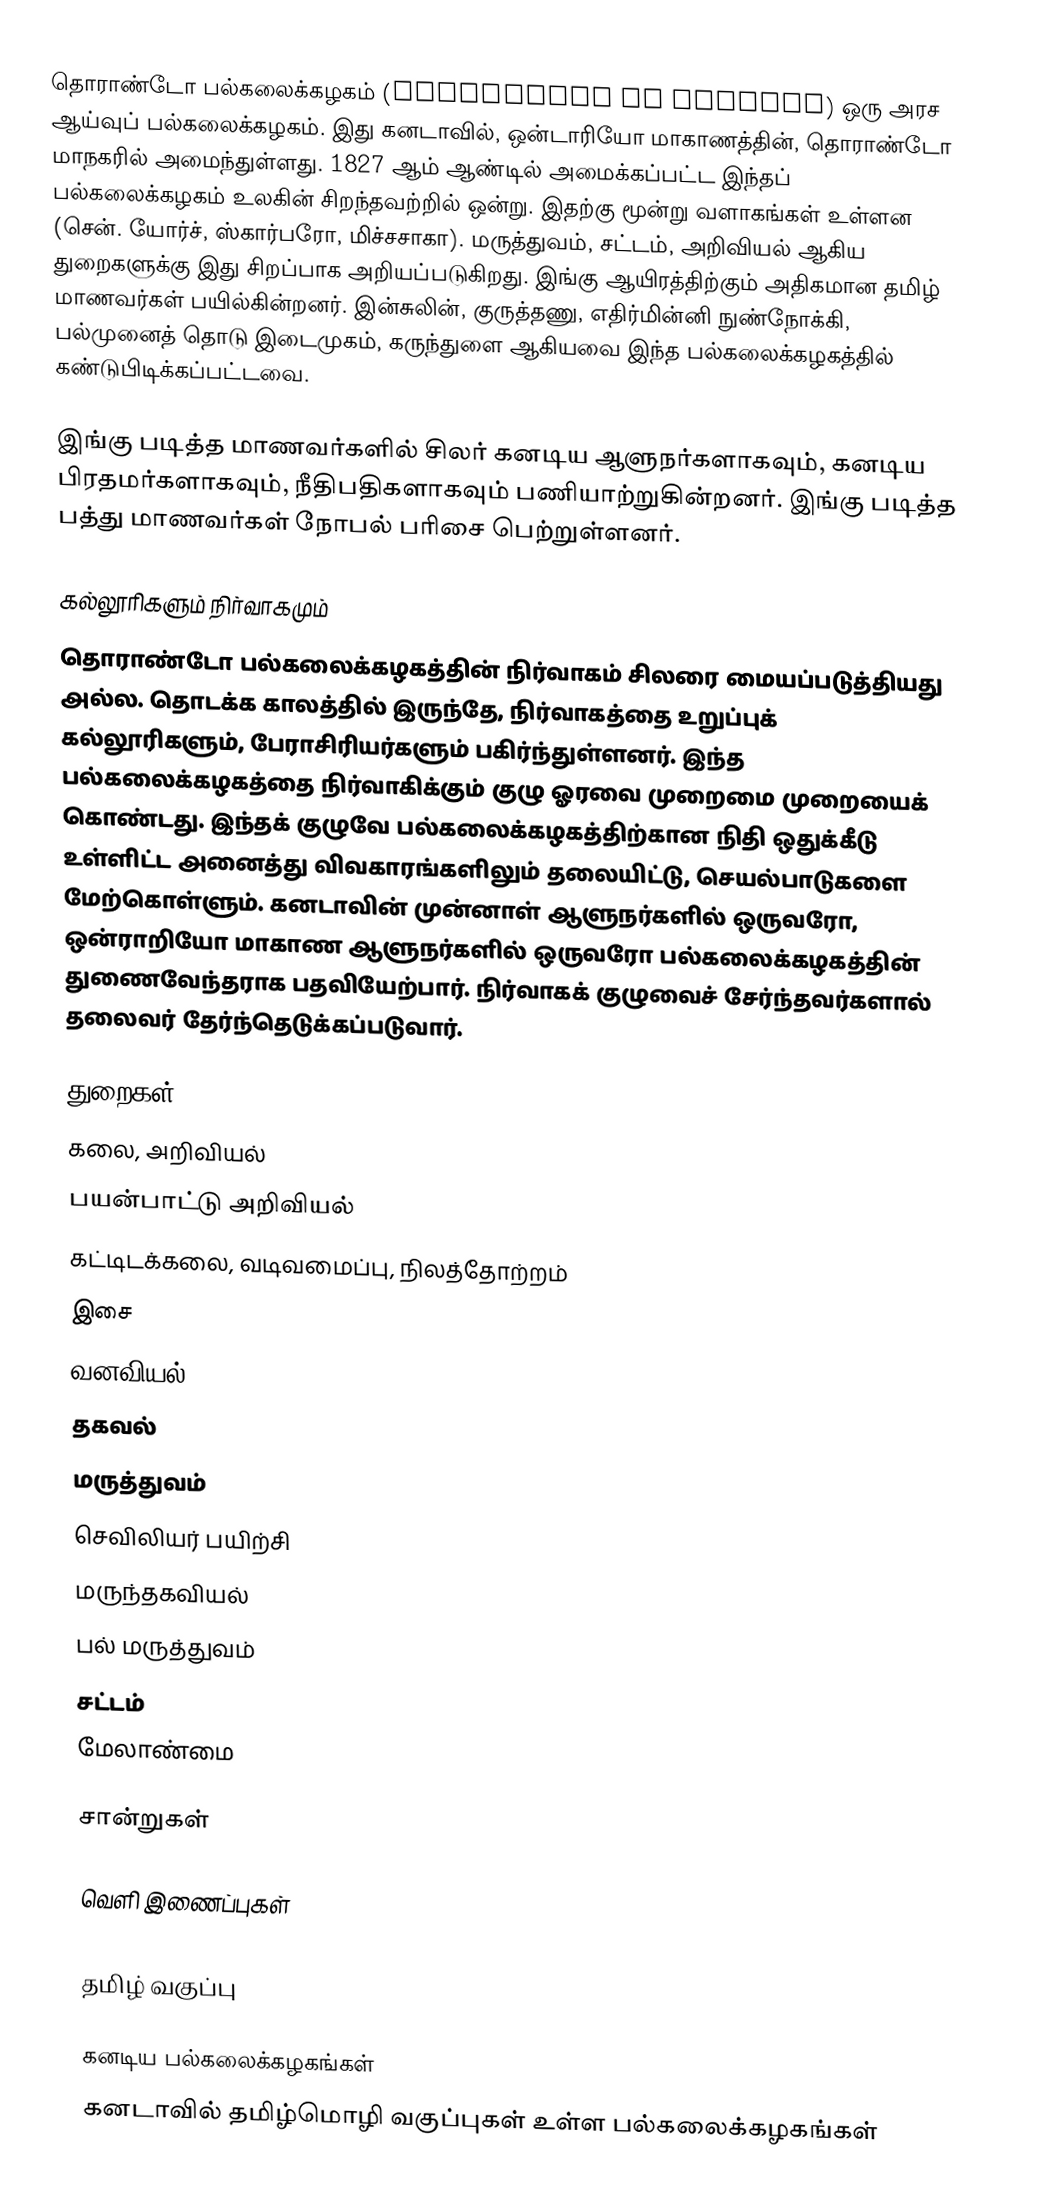
தொராண்டோ பல்கலைக்கழகம் (University of Toronto) ஒரு அரச ஆய்வுப் பல்கலைக்கழகம். இது கனடாவில், ஒன்டாரியோ மாகாணத்தின், தொராண்டோ மாநகரில் அமைந்துள்ளது. 1827 ஆம் ஆண்டில் அமைக்கப்பட்ட இந்தப் பல்கலைக்கழகம் உலகின் சிறந்தவற்றில் ஒன்று. இதற்கு மூன்று வளாகங்கள் உள்ளன (சென். யோர்ச், ஸ்கார்பரோ, மிச்சசாகா). மருத்துவம், சட்டம், அறிவியல் ஆகிய துறைகளுக்கு இது சிறப்பாக அறியப்படுகிறது. இங்கு ஆயிரத்திற்கும் அதிகமான தமிழ் மாணவர்கள் பயில்கின்றனர். இன்சுலின், குருத்தணு, எதிர்மின்னி நுண்நோக்கி, பல்முனைத் தொடு இடைமுகம், கருந்துளை ஆகியவை இந்த பல்கலைக்கழகத்தில் கண்டுபிடிக்கப்பட்டவை.

இங்கு படித்த மாணவர்களில் சிலர் கனடிய ஆளுநர்களாகவும், கனடிய பிரதமர்களாகவும், நீதிபதிகளாகவும் பணியாற்றுகின்றனர். இங்கு படித்த பத்து மாணவர்கள் நோபல் பரிசை பெற்றுள்ளனர்.

கல்லூரிகளும் நிர்வாகமும்
தொராண்டோ பல்கலைக்கழகத்தின் நிர்வாகம் சிலரை மையப்படுத்தியது அல்ல. தொடக்க காலத்தில் இருந்தே, நிர்வாகத்தை உறுப்புக் கல்லூரிகளும், பேராசிரியர்களும் பகிர்ந்துள்ளனர்.  இந்த பல்கலைக்கழகத்தை நிர்வாகிக்கும் குழு ஓரவை முறைமை முறையைக் கொண்டது. இந்தக் குழுவே பல்கலைக்கழகத்திற்கான நிதி ஒதுக்கீடு உள்ளிட்ட அனைத்து விவகாரங்களிலும் தலையிட்டு, செயல்பாடுகளை மேற்கொள்ளும்.  கனடாவின் முன்னாள் ஆளுநர்களில் ஒருவரோ, ஒன்ராறியோ மாகாண ஆளுநர்களில் ஒருவரோ பல்கலைக்கழகத்தின் துணைவேந்தராக பதவியேற்பார். நிர்வாகக் குழுவைச் சேர்ந்தவர்களால் தலைவர் தேர்ந்தெடுக்கப்படுவார்.

துறைகள்
கலை, அறிவியல்
பயன்பாட்டு அறிவியல்
கட்டிடக்கலை, வடிவமைப்பு, நிலத்தோற்றம்
இசை
வனவியல்
தகவல்
மருத்துவம்
செவிலியர் பயிற்சி
மருந்தகவியல்
பல் மருத்துவம்
சட்டம்
மேலாண்மை

சான்றுகள்

வெளி இணைப்புகள்
 utoronto.ca
 தமிழ் வகுப்பு

கனடிய பல்கலைக்கழகங்கள்
கனடாவில் தமிழ்மொழி வகுப்புகள் உள்ள பல்கலைக்கழகங்கள்